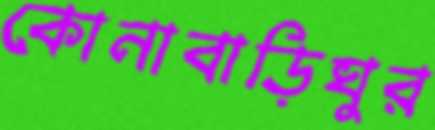
কোনাবাড়িঘুর